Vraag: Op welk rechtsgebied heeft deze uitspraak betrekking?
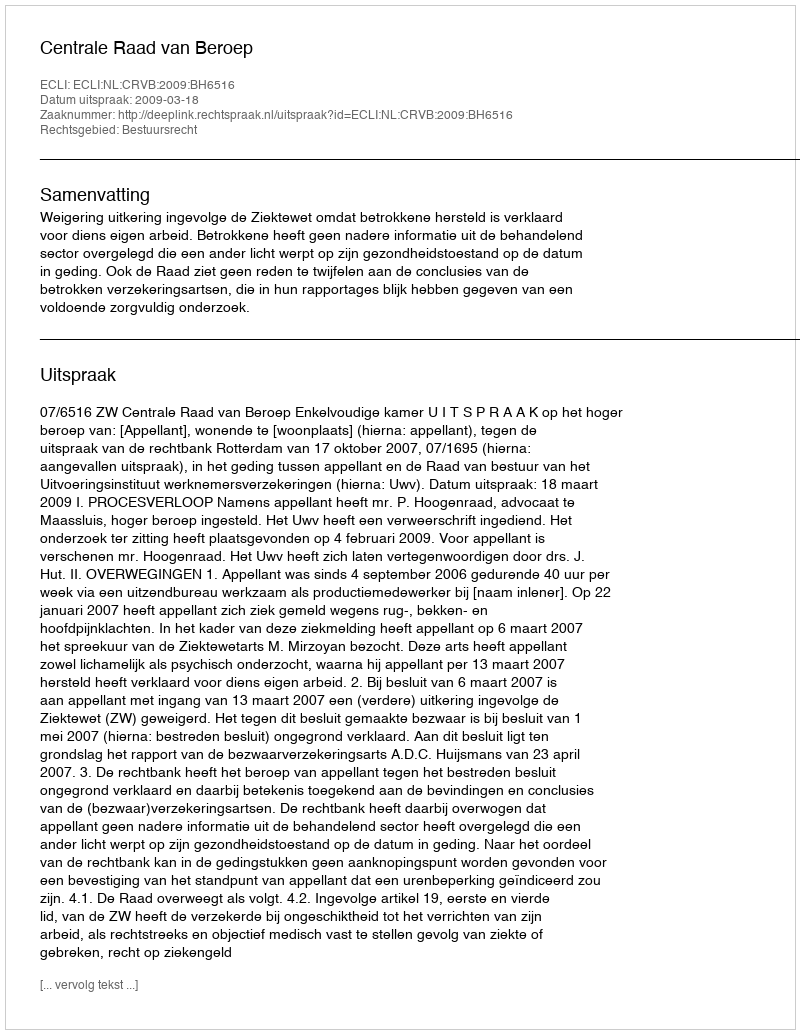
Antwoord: Bestuursrecht